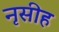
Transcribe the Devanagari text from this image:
नृसीह